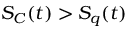
S _ { C } ( t ) > S _ { q } ( t )